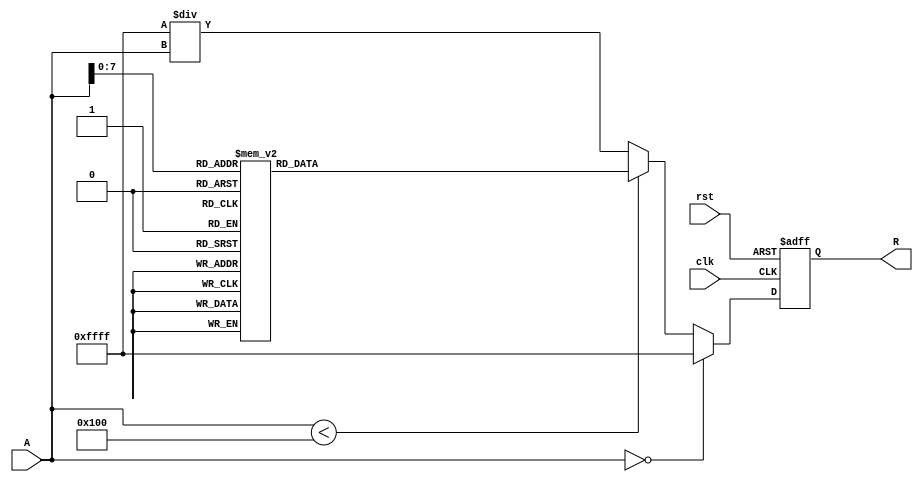
module ApproximateReciprocal (
    input wire [15:0] A,        // Input value (16-bit fixed-point)
    output reg [15:0] R,        // Approximate reciprocal (16-bit fixed-point)
    input wire clk,             // Clock signal
    input wire rst              // Reset signal
);

// Define a small LUT for reciprocal values
reg [15:0] lut [0:255]; // 256 entries for LUT
initial begin
    // Populate LUT with precomputed reciprocal values
    // Example: lut[0] = 16'hFFFF; // Handle division by zero case
    // Populate other values as needed (reciprocal values for 1 to 255)
    // This is just an example; you would compute these values externally
    lut[1] = 16'h8000; // 1/1 = 1.0
    lut[2] = 16'h4000; // 1/2 = 0.5
    lut[3] = 16'h5555; // 1/3  0.3333
    // Continue populating the LUT...
end

// Input normalization and approximation logic
always @(posedge clk or posedge rst) begin
    if (rst) begin
        R <= 16'h0000; // Reset output
    end else begin
        if (A == 16'h0000) begin
            R <= 16'hFFFF; // Handle division by zero case
        end else if (A < 16'h0100) begin
            // Use LUT for small values
            R <= lut[A[7:0]]; // Use lower 8 bits for LUT indexing
        end else begin
            // For larger values, apply a polynomial approximation or other method
            // For simplicity, we will just use an inverse of the input for larger values
            // This is a very basic approximation
            R <= (16'hFFFF / A); // Approximate reciprocal, not accurate for all values
        end
    end
end

endmodule